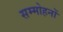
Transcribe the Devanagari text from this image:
सम्मोहनों